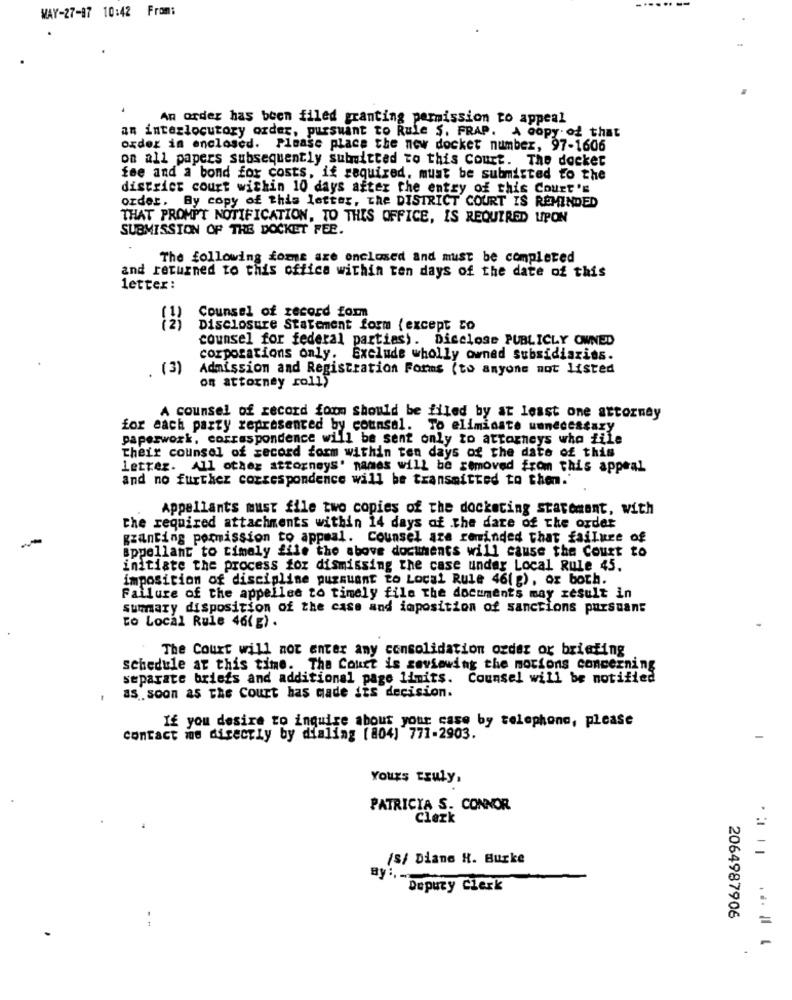
MAY-27-97 10:42 From:
An order has been filed granting permission to appeal
as interlocutory order, pursuant to Rule S. FRAP. A copy of that
order in enclosed. Please place the new docket number, 97-1606
on all papers subsequently submitted to this Court. The docker
fee and a bond for costs, if required. must be submitted to the
district court within 10 days after the entry of this Court's
order. By copy of this letter, the DISTRICT COURT IS REMINDED
THAT PROMPT NOTIFICATION, TO THIS OFFICE, IS REQUIRED UPON
SUBMISSION OF THE DOCKET FER.
The following fome are onclosed and must be completed
and returned to this offica within ten days of the date of this
letter :
Counsel of record form
Disclosure Statement form (except zo
counsel for federal partias). Disclose PUBLICLY OWNED
corporations only. Exclude wholly owned subsidiarias.
(3)
Admission and Registration Forms (to anyone not Listed
on attorney roll)
A counsel of record form should be filed by at least one attorney
for each party represented by counsel. To eliminate unnecessary
paperwork, correspondence will be sent only to attorneys who file
Their counsel of record form within ten days of the date of this
letter. All other attorneys' names will be removed from this appeal
and no further correspondence will be transmitted to them."
Appellants must file two copies of the docketing statement, with
the required attachments within 14 days of the date of the order
granting pormission to appeal. Counsel aza reminded that failure of
Bppellant to timely file the above documents will cause the Court to
initiate the process for dismissing the case under Local Rule 45.
imposition of discipline pursuant to Local Rule 46(g), or both.
Failure of the appelles to timely file The documents may result in
summary disposition of the case and imposition of sanctions pursuant
to Local Rule 46(g) .
The Court will not enter any consolidation order or briefing
schedule at this time. The Court is seviewing the motions concerning
separate briefs and additional page limits. Counsel will be notified
as . soon as the Court has made its decision.
If you desire to inquire about your case by telephone, please
contact me directly by dialing (804) 771-2903.
Yours truly,
PATRICIA S. CONNOR
Clerk
/s/ Dians H. Burke
Deputy Clerk
2064987906
=